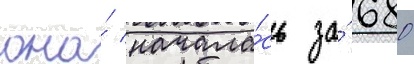
она́ начала́сь за́ 680